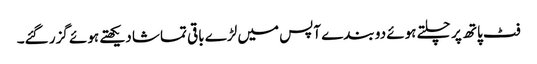
فٹ پاتھ پر چلتے ہوئے دو بندے آپس میں لڑے باقی تماشا دیکھتے ہوئے گزر گئے۔